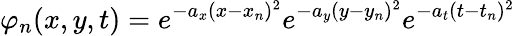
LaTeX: \varphi_{n}(x,y,t)=e^{-a_{x}(x-x_{n})^{2}}e^{-a_{y}(y-y_{n})^{2}}e^{-a_{t}(t-t_{n})^{2}}